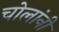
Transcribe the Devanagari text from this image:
चोलांनी